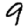
Digit: 9